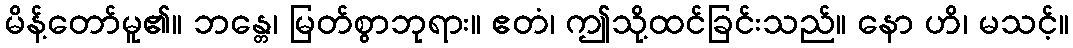
မိန့်တော်မူ၏။ ဘန္တေ၊ မြတ်စွာဘုရား။ ဧတံ၊ ဤသို့ထင်ခြင်းသည်။ နော ဟိ၊ မသင့်။